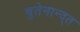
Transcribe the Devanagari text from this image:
बुतेनान्द्त